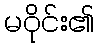
မဝိုင်း၏